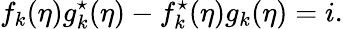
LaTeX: f_{k}(\eta)g_{k}^{\star}(\eta)-f_{k}^{\star}(\eta)g_{k}(\eta)=i.